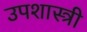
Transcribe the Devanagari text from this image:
उपशास्त्री